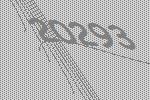
20293